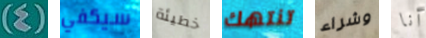
(4) سيكفي خطيئة تنتهك وشراء أنا